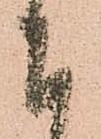
下